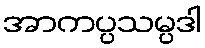
အာကပ္ပသမ္ပဒါ